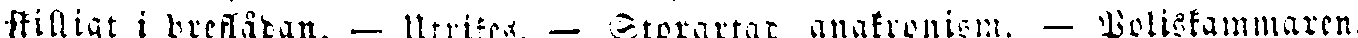
skilligt i breflådan. — Utrikes. — Storartat anakronism. — Poliskammaren.